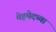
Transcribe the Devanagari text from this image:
मेहमेदच्या